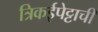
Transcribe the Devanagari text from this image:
त्रिकईपेट्टाची